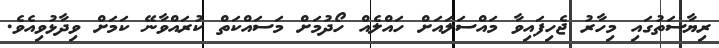
ރިޔާސަތުގައި މިހާރު ޖެހިފައިވާ މައްސަލައަށް ހައްލެއް ހޯދުމަށް މަސައްކަތް ކުރައްވާނޭ ކަމަށް ވިދާޅުވިއެވެ.